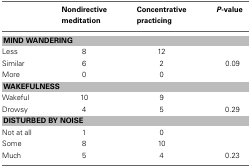
|  | Nondirective meditation | Concentrative practicing | P-value |
 | --- | --- | --- | --- |
 | <COLSPAN=4> MIND WANDERING |
 | Less | 8 | 12 |  |
 | Similar | 6 | 2 | 0.09 |
 | More | 0 | 0 |  |
 | <COLSPAN=4> WAKEFULNESS |
 | Wakeful | 10 | 9 |  |
 | Drowsy | 4 | 5 | 0.29 |
 | <COLSPAN=4> DISTURBED BY NOISE |
 | Not at all | 1 | 0 |  |
 | Some | 8 | 10 |  |
 | Much | 5 | 4 | 0.23 |